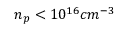
n _ { p } < 1 0 ^ { 1 6 } c m ^ { - 3 }